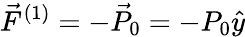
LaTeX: \vec{F}^{(1)}=-\vec{P}_{0}=-P_{0}\hat{y}